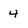
Character: 4